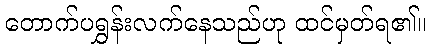
တောက်ပရွှန်းလက်နေသည်ဟု ထင်မှတ်ရ၏။